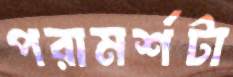
পরামর্শটা